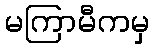
မကြာမီကမှ